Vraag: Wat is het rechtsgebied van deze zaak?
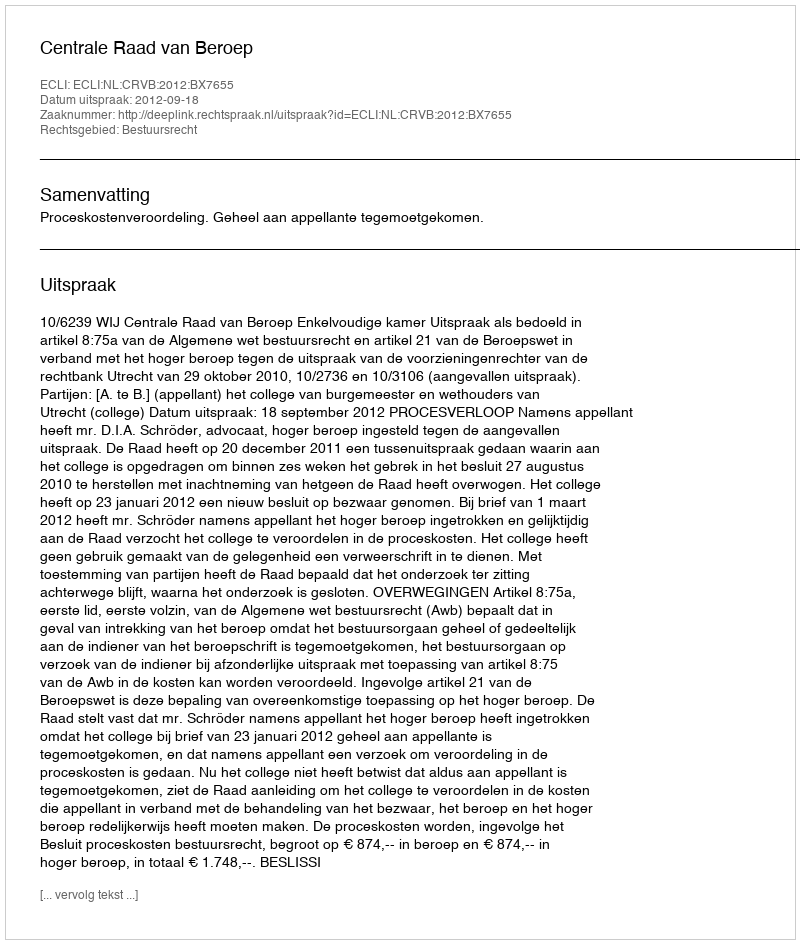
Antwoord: Bestuursrecht